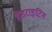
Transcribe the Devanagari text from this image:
हैंडराइटिंग